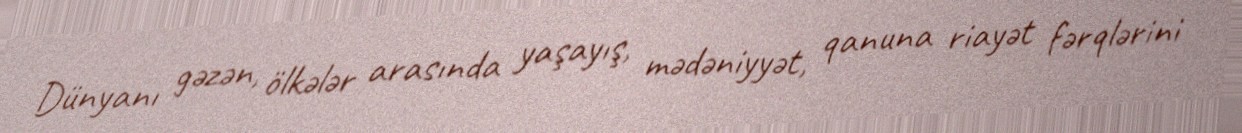
Dünyanı gəzən, ölkələr arasında yaşayış, mədəniyyət, qanuna riayət fərqlərini